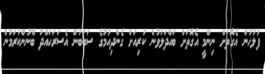
ފުލުހުން އެގޮތަށް ނިންމީ އެގޮތަށް ބައްދަލުވުން ކުރިއަށް ގެންދިއުމުގެ ސަބަބުން އެސަރަހައްދު ބޭނުންކުރަމުން